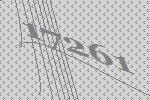
17261